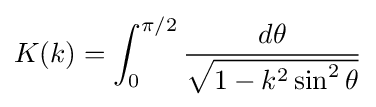
K(k)=\int _{0}^{\pi /2}{\frac {d\theta }{\sqrt {1-k^{2}\sin ^{2}\theta }}}